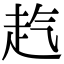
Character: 𧺞